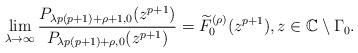
LaTeX: \begin{align*}\lim_{\lambda\rightarrow\infty}\frac{P_{\lambda p(p+1)+\rho+1,0}(z^{p+1})}{P_{\lambda p(p+1)+\rho,0}(z^{p+1})}=\widetilde{F}_{0}^{(\rho)}(z^{p+1}),z\in\mathbb{C}\setminus\Gamma_{0}.\end{align*}